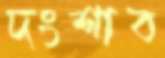
দংশাব